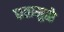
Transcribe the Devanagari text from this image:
छतामुळे